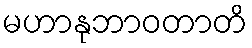
မဟာနုဘာဝတာတိ